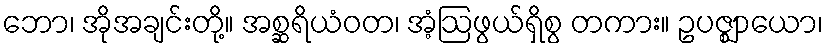
ဘော၊ အိုအချင်းတို့။ အစ္ဆရိယံဝတ၊ အံ့ဩဖွယ်ရှိစွ တကား။ ဥပဇ္ဈာယော၊